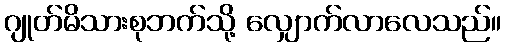
ဂျုတ်မိသားစုဘက်သို့ လျှောက်လာလေသည်။